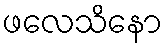
ဖလေသိနော